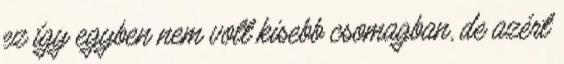
ez így egyben nem volt kisebb csomagban, de azért